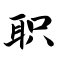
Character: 职